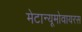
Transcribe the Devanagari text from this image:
मेटान्यूमोवायरस